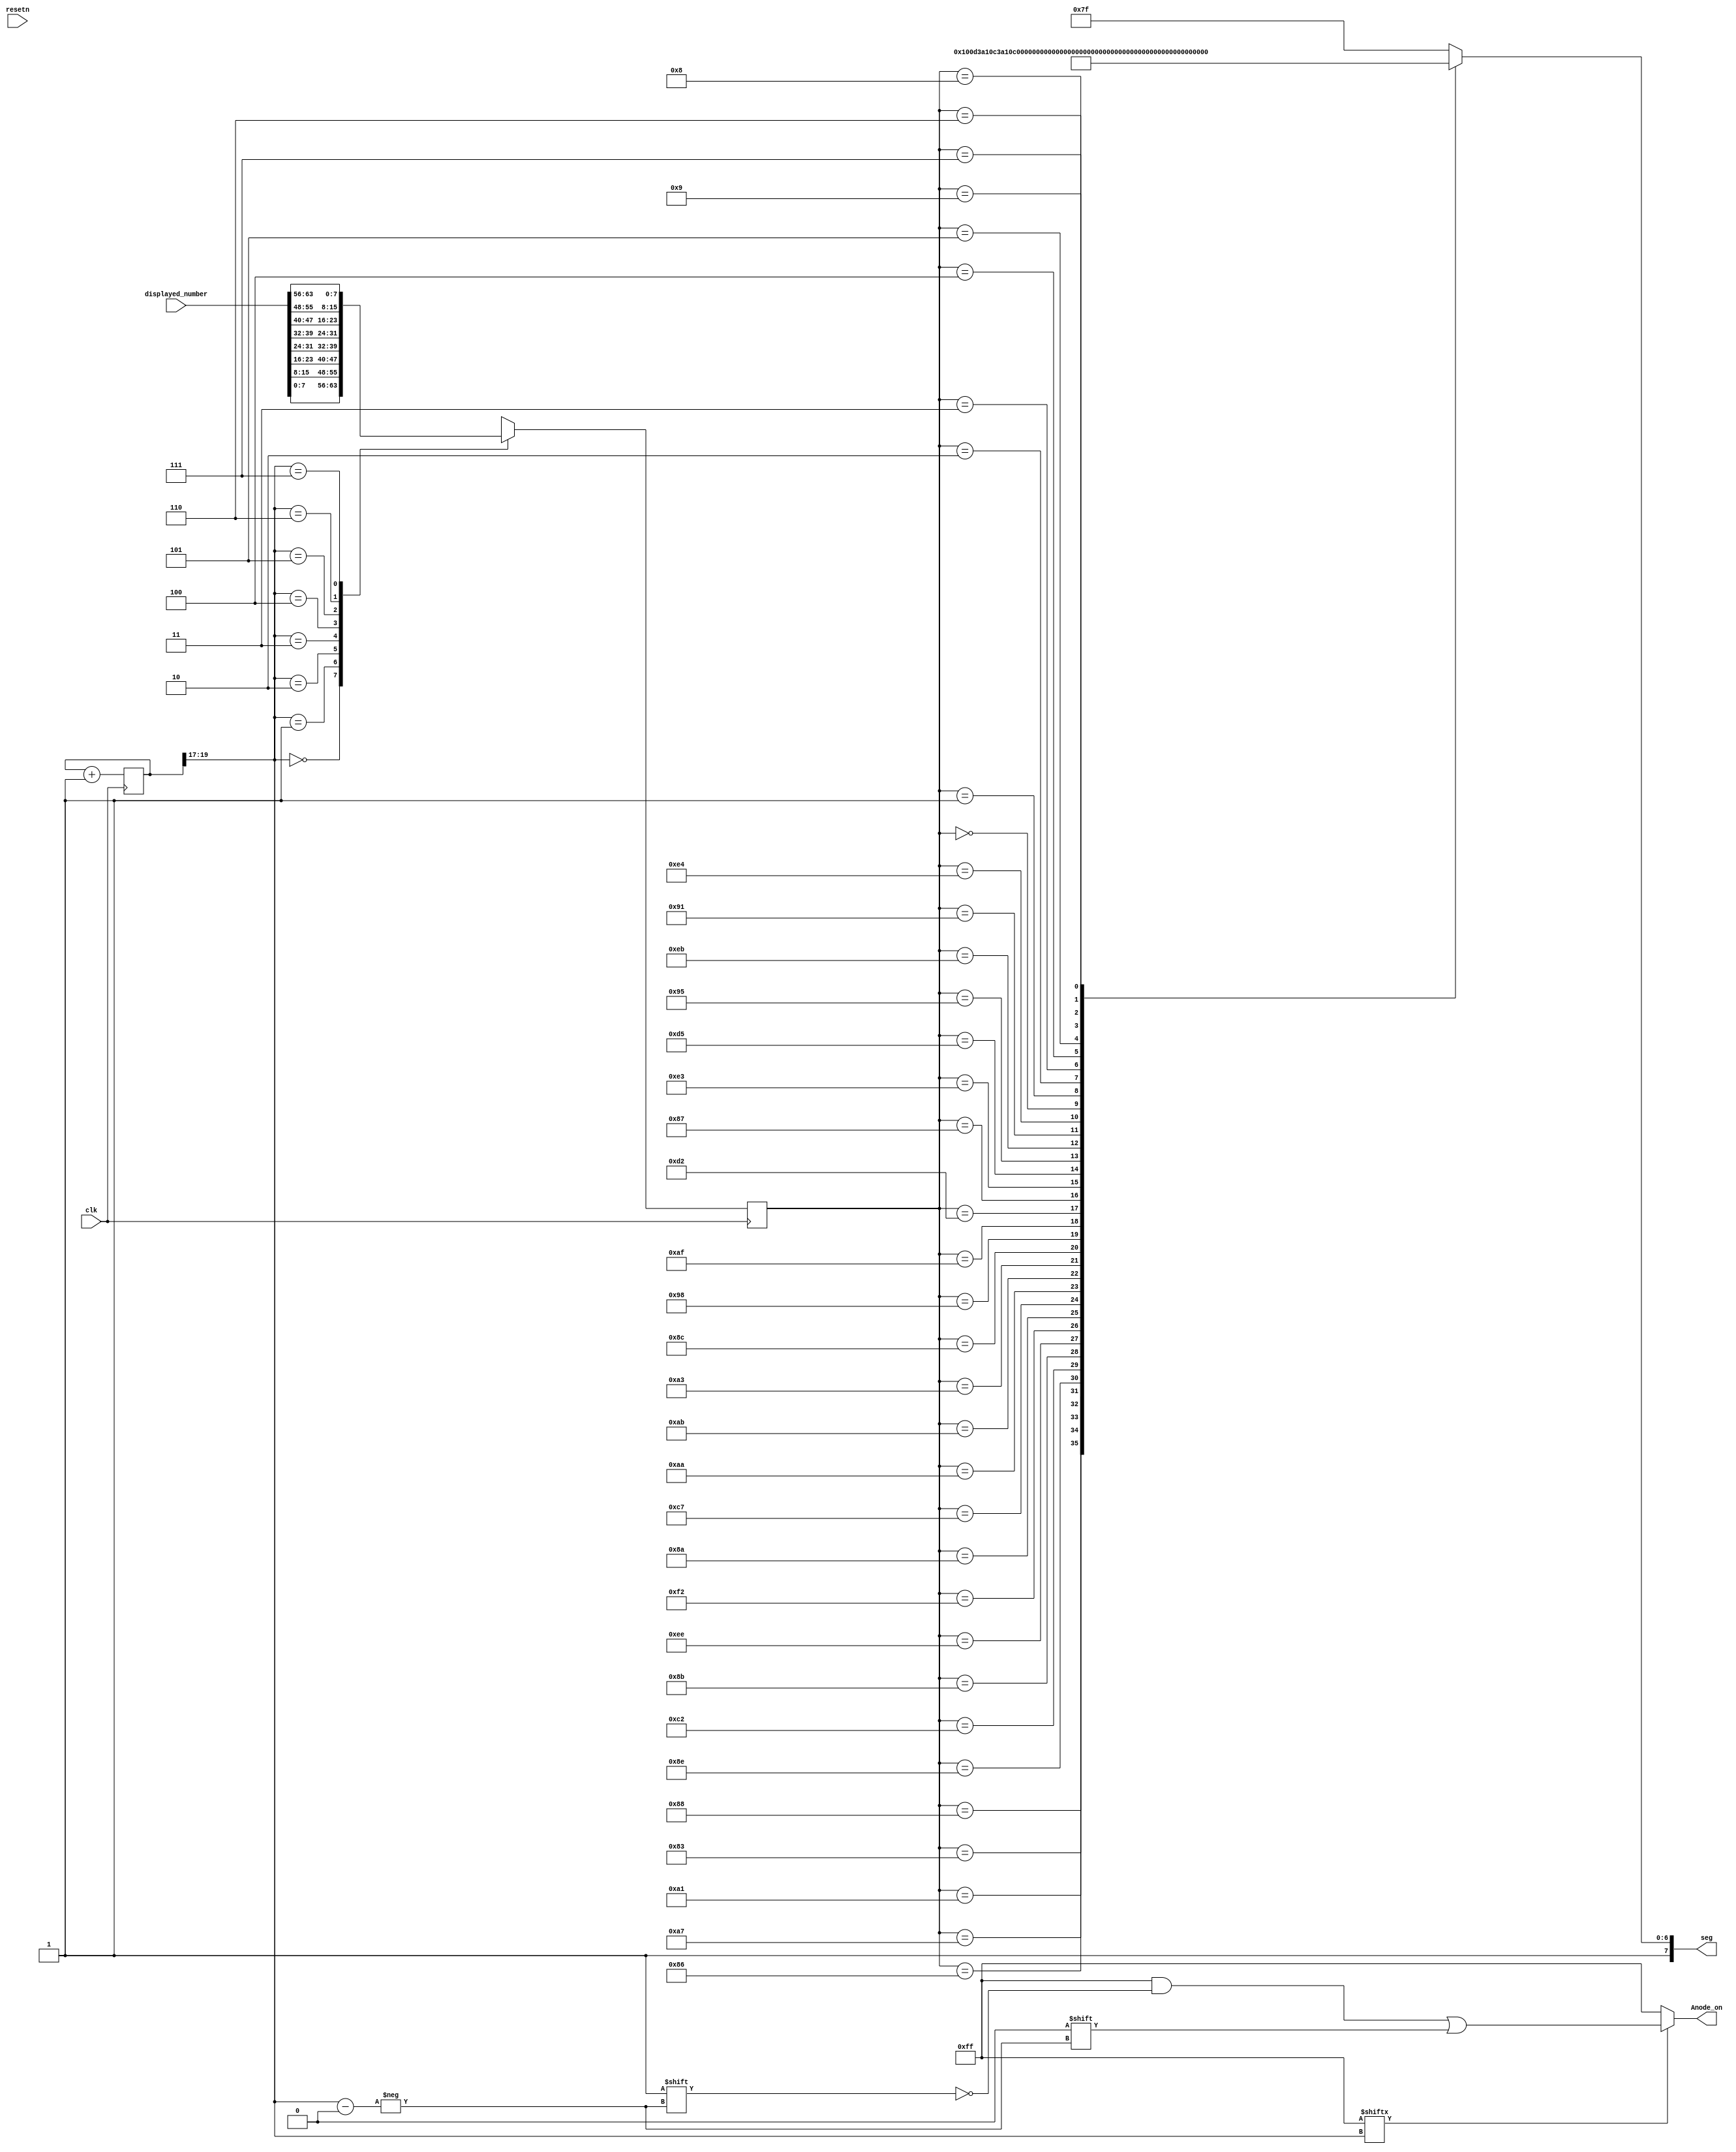
// Belinda Brown Ramrez
// Brandon Esquivel Molina
// December, 2020
// timna.brown@ucr.ac.cr
// brandon.esquivel@ucr.ac.cr
//github: @brown9804, @brandonEsquivel


module x7_segment_hex(
    input clk,
    input resetn,
	input [63:0] displayed_number,
    output reg [7:0] seg, // 8 bits counting dp
    output reg [7:0] Anode_on
	 );

reg [25:0] period_resfresh;
reg [7:0] number; // 8 bits 
wire [7:0] Anode_enable; 
wire [2:0] bb; // 3 bits 

assign bb = period_resfresh[19:17];
assign Anode_enable = 8'b11111111; // all turned off initially
// Now getting numbers by bus array positions, 4 bits, BCD 

// WORD RIGHT ALLIGMENT 
// CODIFICATION TO HEXADECIMAL 
// DICTIONARY FROM A to Z

localparam A = 8'b10001000; 
localparam B = 8'b10000011; 
localparam C = 8'b10100111;
localparam D = 8'b10100001;
localparam E = 8'b10000110;
localparam F = 8'b10001110;
localparam G = 8'b11000010;
localparam H = 8'b10001011;
localparam I = 8'b11101110;
localparam J = 8'b11110010;
localparam K = 8'b10001010;
localparam L = 8'b11000111;
localparam M = 8'b10101010;
localparam N = 8'b10101011;
localparam O = 8'b10100011;
localparam P = 8'b10001100;
localparam Q = 8'b10011000;
localparam R = 8'b10101111;
localparam S = 8'b11010010;
localparam T = 8'b10000111;
localparam U = 8'b11100011;
localparam V = 8'b11010101;
localparam W = 8'b10010101;
localparam X = 8'b11101011;
localparam Y = 8'b10010001;
localparam Z = 8'b11100100;


always @(posedge clk)// or posedge clk)
	case(bb)
	    0:      number = displayed_number[7:0]; // 8 bits
	    1:      number = displayed_number[15:8];
	    2:      number = displayed_number[23:16];
	    3:      number = displayed_number[31:24];
	    4:      number = displayed_number[39:32]; 
	    5:      number = displayed_number[47:40];
	    6:      number = displayed_number[55:48];
	    7:      number = displayed_number[63:56];
	    default:    number = displayed_number[7:0];
	endcase
	
	// NOw we have to decode all the possible values for the 7-sEGMENTS dISPLAY
    always @(*)
        case(number)
// /from MSB to LSB ----- all cases for each digit
//////////dp g f e d c b a ////////////
//////          A
////// F                B
//////          G
////// E                C
//////          D
//////////////////////////// DP (decimal point)
// 0 = active led 
// 1 = inactive led 

//////////dp g f e d c b a ////////////
A:    seg = 8'b10001000; 
B:    seg = 8'b10000011; 
C:    seg = 8'b10100111;
D:    seg = 8'b10100001;
E:    seg = 8'b10000110;
F:    seg = 8'b10001110;
G:    seg = 8'b11000010;
H:    seg = 8'b10001011;
I:    seg = 8'b11101110;
J:    seg = 8'b11110010;
K:    seg = 8'b10001010;
L:    seg = 8'b11000111;
M:    seg = 8'b10101010;
N:    seg = 8'b10101011;
O:    seg = 8'b10100011;
P:    seg = 8'b10001100;
Q:    seg = 8'b10011000;
R:    seg = 8'b10101111;
S:    seg = 8'b11010010;
T:    seg = 8'b10000111;
U:    seg = 8'b11100011;
V:    seg = 8'b11010101;
W:    seg = 8'b10010101;
X:    seg = 8'b11101011;
Y:    seg = 8'b10010001;
Z:    seg = 8'b11100100;
// 'h40:   seg = 8'b11101000; // @ 
//////////dp g f e d c b a ////////////
 0:     seg = 8'b11000000;    
 1:     seg = 8'b11111001;    
 2:     seg = 8'b10100100;
 3:     seg = 8'b10110000;
 4:     seg = 8'b10011001;   
 5:     seg = 8'b10010010;   
 6:     seg = 8'b10000010;   
 7:     seg = 8'b11111000;    
 8:     seg = 8'b10000000;    
 9:     seg = 8'b10010000; 
/////// DEFAULT 
 default: seg = 8'b11111111;
endcase



///// SEND 
//// ANODE ACTIVATION INCORPORATED
    always @(*)begin
        Anode_on = 8'b11111111;
        if(Anode_enable[bb] == 1)
            Anode_on[bb] = 0;
    end
//period_resfresh
    always @(posedge clk) begin
        period_resfresh <= period_resfresh+1;
    end
endmodule